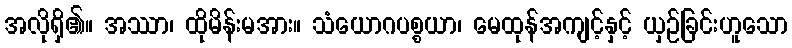
အလိုရှိ၏။ အဿာ၊ ထိုမိန်းမအား။ သံယောဂပစ္စယာ၊ မေထုန်အကျင့်နှင့် ယှဉ်ခြင်းဟူသော